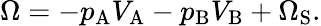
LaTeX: \Omega=-p_{\mathrm{{A}}}V_{\mathrm{{A}}}-p_{\mathrm{{B}}}V_{\mathrm{{B}}}+\Omega_{\mathrm{{S}}}.